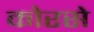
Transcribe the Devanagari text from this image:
कोरसे